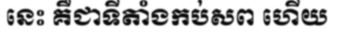
នេះ គឺជាទីតាំងកប់សព ហើយ